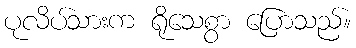
ပုလိပ်သားက ရိုသေစွာ ပြောသည်။